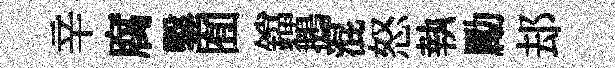
辛腐鑿囿鐺鵝混怒執勵𨚫